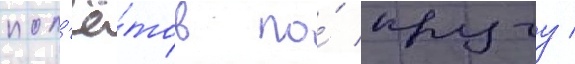
пол'ё́тов по́ кругу /